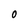
Character: O